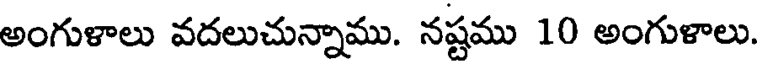
అంగుళాలు వదలుచున్నాము. నష్టము 10 అంగుళాలు.